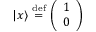
| x \rangle \ { \stackrel { \mathrm { d e f } } { = } } \ { \left( \begin{array} { l } { 1 } \\ { 0 } \end{array} \right) }